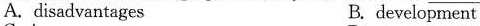
A.disadvantages B. development